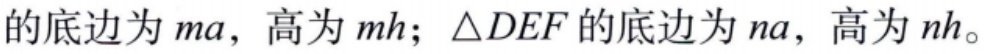
的底边为\(ma\)，高为\(mh\)；\(\triangle DEF\)的底边为\(na\)，高为\(nh\)。